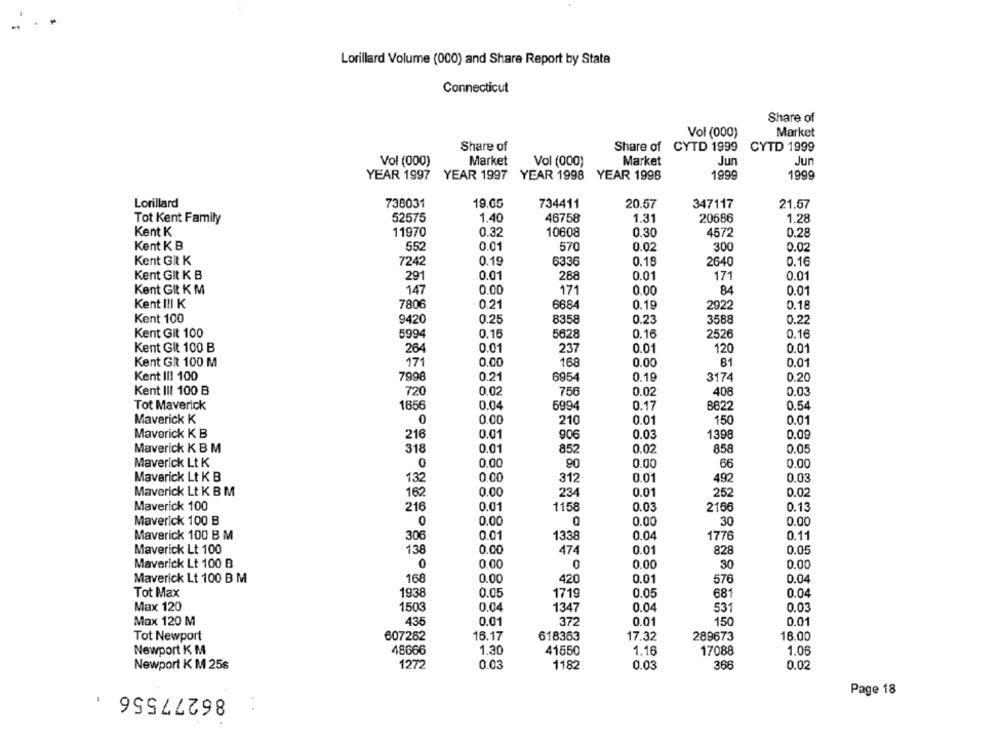
Lorillard Volume (000) and Share Report by State
Connecticut
Share of
Vol (000)
Market
Share of
Share of CYTD 1999
CYTD 1999
Vol (000)
Market
Vol (000)
Market
Jun
Jun
YEAR 1997
YEAR 1997
YEAR 1998 YEAR 1998
1999
1999
Lorillard
738031
19.65
734411
20.57
347117
21.57
Tot Kent Family
52575
1.40
46758
1.31
20586
1.28
Kent K
11970
0.32
10608
0.30
4572
0.28
Kent K B
552
0.01
570
0.02
300
0.02
Kent GIt K
7242
0.19
6336
0.18
2640
0.16
291
288
171
Kent GIt K B
0.01
0.01
0.01
147
0.00
Kent GIt K M
171
0.00
84
0.01
Kent I!I K
7806
0.21
6684
2922
0.18
0.19
Kent 100
9420
0.25
8358
0.23
3588
0.22
Kent Git 100
5994
0.16
5628
2526
0.16
0.16
Kent Git 100 B
264
0.01
237
0.01
120
0.01
Kent Git 100 M
171
0.00
168
0.00
81
0.01
Kent III 100
7998
0.21
6954
0.19
3174
0.20
Kent III 100 B
720
0.02
756
0.02
408
0.03
Tot Maverick
1656
0.04
6994
0.17
B622
0.54
Maverick K
0
0.00
210
0.01
150
0.01
Maverick K B
216
0.01
906
0.03
1398
0.09
Maverick K B M
318
0.01
852
0.02
858
0.05
Maverick Lt K
0.00
90
0.00
66
0.00
Maverick Lt K B
132
0.00
312
0.01
492
0.03
Maverick Lt K B M
162
0.00
234
0.01
252
0.02
Maverick 100
216
0.01
1158
0.03
2166
0.13
Maverick 100 B
0
0.00
0
0.00
30
0.00
306
0.01
0.04
Maverick 100 B M
1338
1776
0.11
Maverick Lt 100
138
0.00
0.01
0.05
474
828
Maverick Lt 100 B
0
0.00
0
0.00
30
0.00
Maverick Lt 100 B M
168
0.00
420
576
0.04
0.01
Tot Max
1938
0.05
1719
0.05
681
0.04
Max 120
1503
0.04
1347
0.04
531
0.03
Max 120 M
435
0.01
372
0.01
150
0.01
Tot Newport
607282
16.17
618363
17.32
289673
18.00
Newport K M
48666
1.30
41550
1.16
17088
1.06
Newport K M 256
1272
0.03
1182
0.03
366
0.02
86277556
Page 18